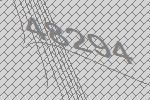
48294